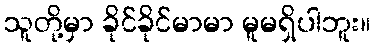
သူတို့မှာ ခိုင်ခိုင်မာမာ မူမရှိပါဘူး။